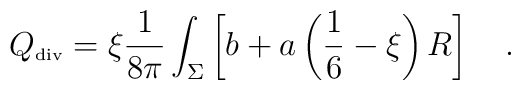
{Q}_{\tiny\mbox{div}}=\xi {1 \over 8\pi}\int_{\Sigma}\left[b+a\left(\frac 16-\xi\right)R \right]~~~.